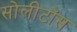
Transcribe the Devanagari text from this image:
सोलीटोंस